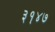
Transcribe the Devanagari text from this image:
३१४७